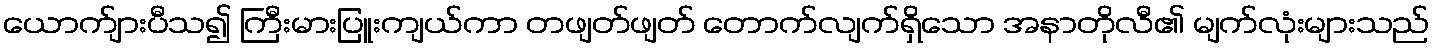
ယောက်ျားပီသ၍ ကြီးမားပြူးကျယ်ကာ တဖျတ်ဖျတ် တောက်လျက်ရှိသော အနာတိုလီ၏ မျက်လုံးများသည်